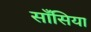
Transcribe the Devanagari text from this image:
साँसिया